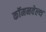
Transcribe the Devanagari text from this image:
कॉमनवेल्‍थ